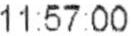
11:57:00